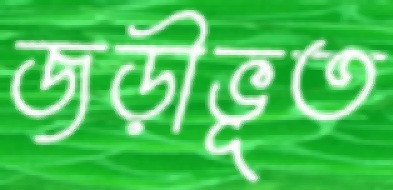
জড়ীভূত